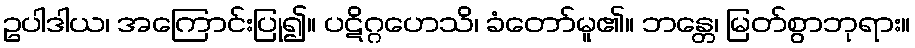
ဥပါဒါယ၊ အကြောင်းပြု၍။ ပဋိဂ္ဂဟေသိ၊ ခံတော်မူ၏။ ဘန္တေ၊ မြတ်စွာဘုရား။